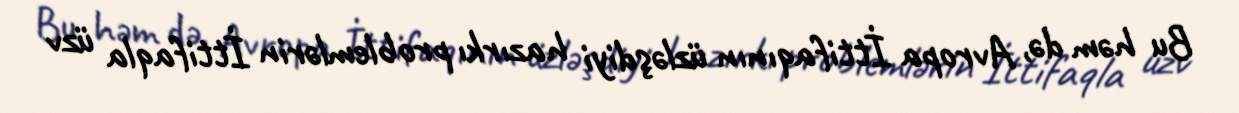
Bu həm də, Avropa İttifaqının üzləşdiyi hazırkı problemlərin İttifaqla üzv